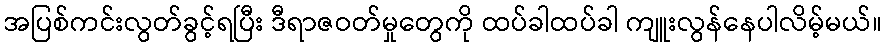
အပြစ်ကင်းလွတ်ခွင့်ရပြီး ဒီရာဇဝတ်မှုတွေကို ထပ်ခါထပ်ခါ ကျူးလွန်နေပါလိမ့်မယ်။